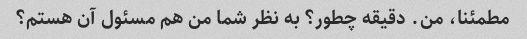
مطمئنا، من. دقیقه چطور؟ به نظر شما من هم مسئول آن هستم؟